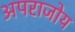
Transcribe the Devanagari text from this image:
अपराजोय